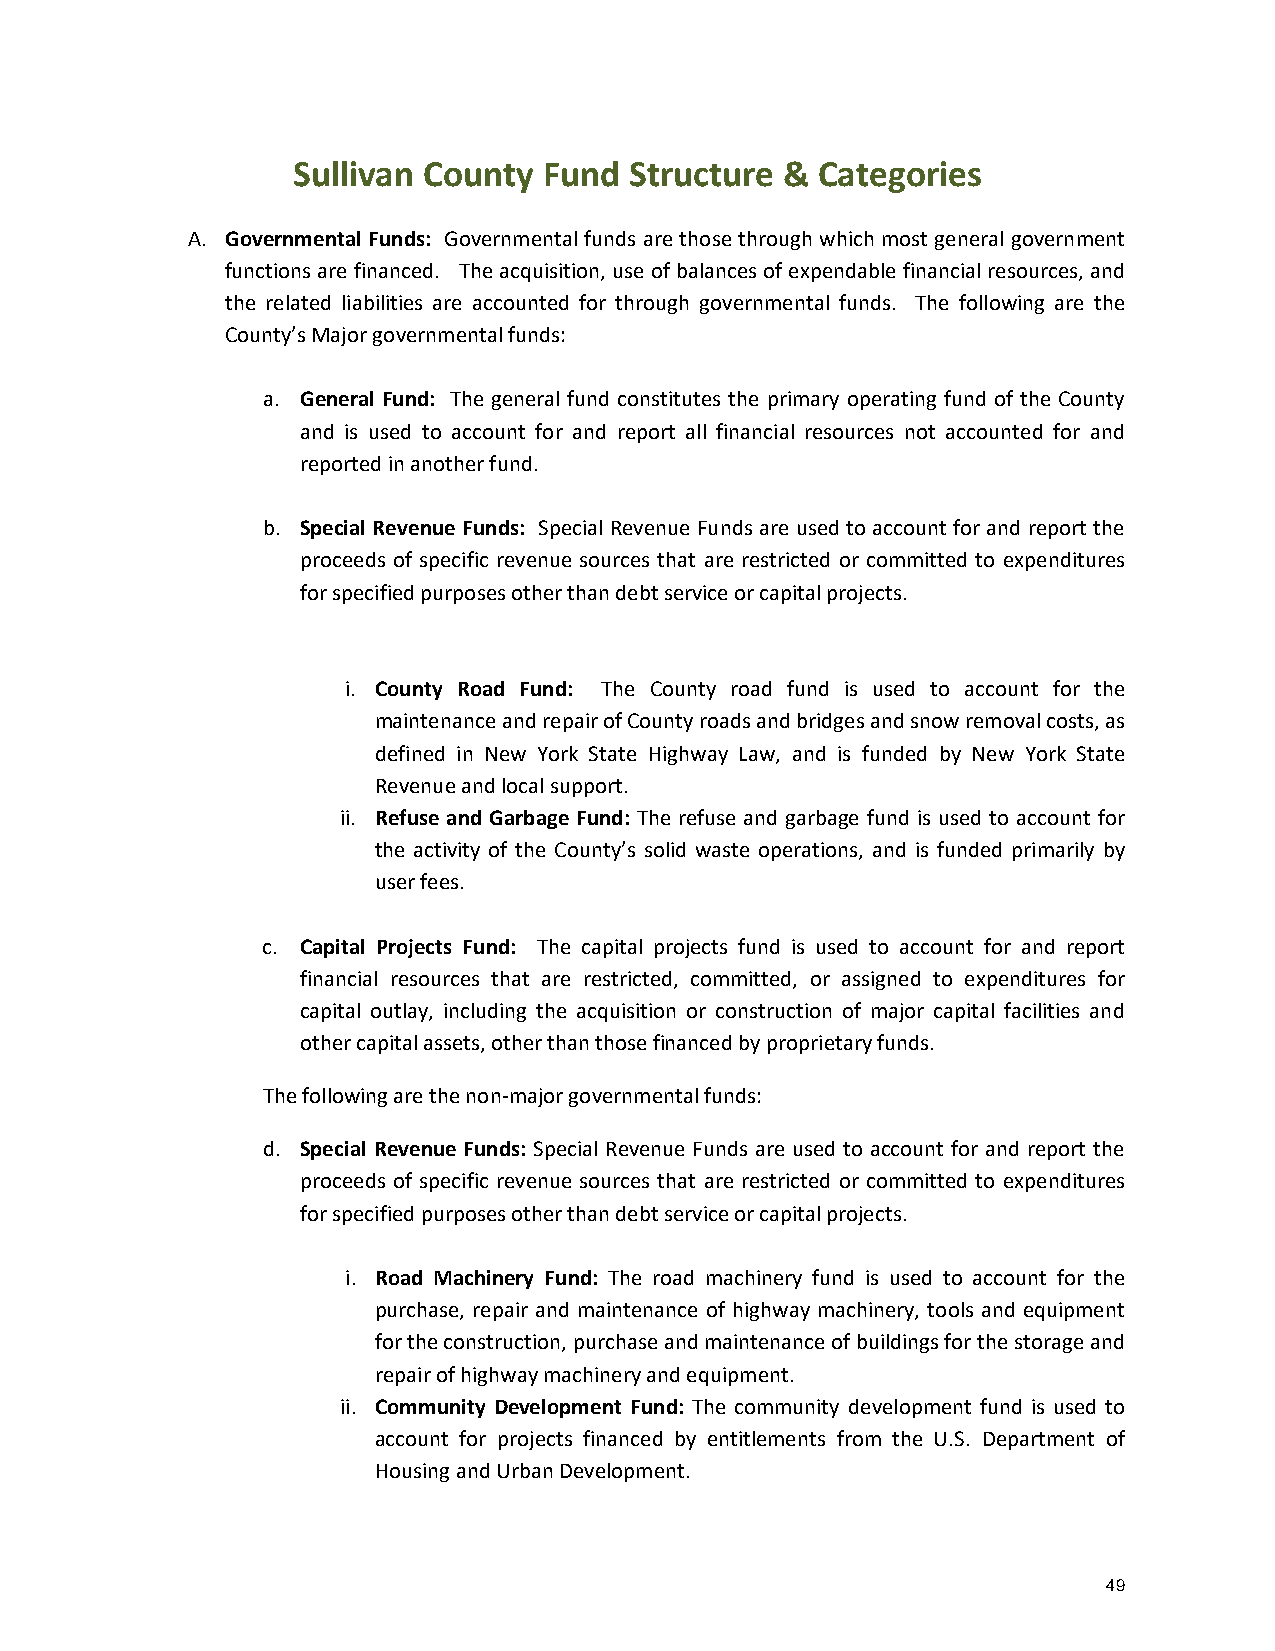
Sullivan County  Fund  Structure & Categories
 A. Governmental Funds: Governmental funds are those through which most general government
 functions are financed. The acquisition, use of balances of expendable financial resources, and
 the related liabilities are accounted for through governmental funds. The following are the
 County’s Major governmental funds:
 a. General Fund: The general fund constitutes the primary operating fund of the County
 and is used to account for and report all financial resources not accounted for and
 reported in another fund.
 b. Special Revenue Funds: Special Revenue Funds are used to account for and report the
 proceeds of specific revenue sources that are restricted or committed to expenditures
 for specified purposes other than debt service or capital projects.
 i. County Road Fund: The County road fund is used to account for the
 maintenance and repair of County roads and bridges and snow removal costs, as
 defined in New York State Highway Law, and is funded by New York State
 Revenue and local support.
 ii. Refuse and Garbage Fund: The refuse and garbage fund is used to account for
 the activity of the County’s solid waste operations, and is funded primarily by
 user fees.
 c. Capital Projects Fund: The capital projects fund is used to account for and report
 financial resources that are restricted, committed, or assigned to expenditures for
 capital outlay, including the acquisition or construction of major capital facilities and
 other capital assets, other than those financed by proprietary funds.
 The following are the non-major governmental funds:
 d. Special Revenue Funds: Special Revenue Funds are used to account for and report the
 proceeds of specific revenue sources that are restricted or committed to expenditures
 for specified purposes other than debt service or capital projects.
 i. Road Machinery Fund: The road machinery fund is used to account for the
 purchase, repair and maintenance of highway machinery, tools and equipment
 for the construction, purchase and maintenance of buildings for the storage and
 repair of highway machinery and equipment.
 ii. Community Development Fund: The community development fund is used to
 account for projects financed by entitlements from the U.S. Department of
 Housing and Urban Development.
 49